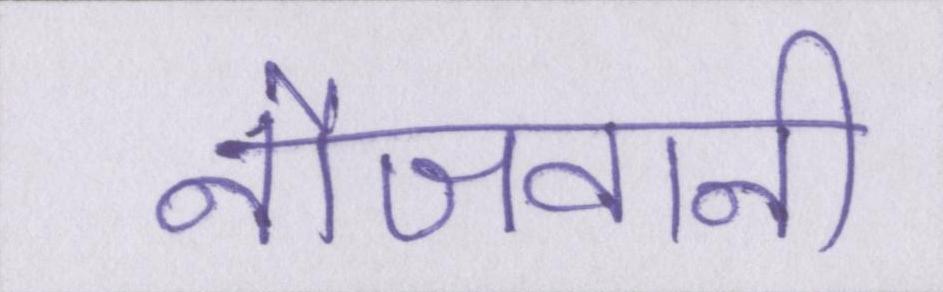
नौजवानी